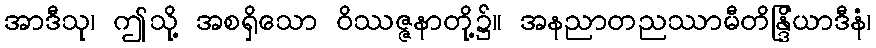
အာဒီသု၊ ဤသို့ အစရှိသော ဝိဿဇ္ဇနာတို့၌။ အနညာတညဿာမီတိန္ဒြိယာဒီနံ၊